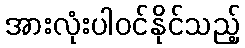
အားလုံးပါဝင်နိုင်သည့်